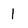
Character: 1